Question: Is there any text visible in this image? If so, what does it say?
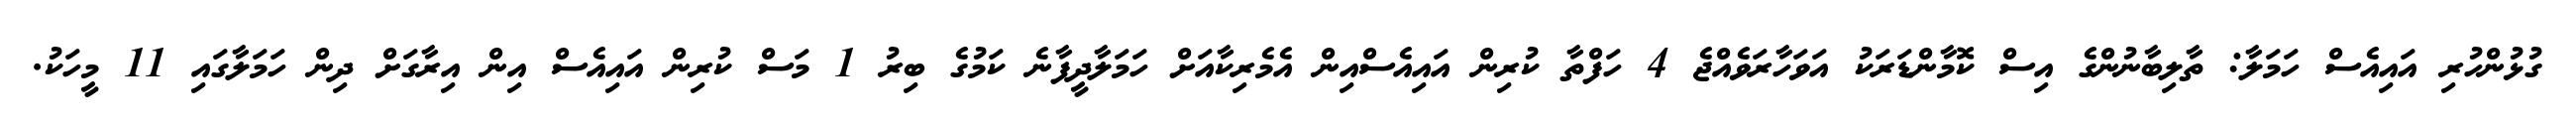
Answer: ގުޅުންހުރި އައިއެސް ހަމަލާ: ތާލިބާނުންގެ އިސް ކޮމާންޑަރަކު އަވަހާރަވެއްޖެ 4 ހަފްތާ ކުރިން އައިއެސްއިން އެމެރިކާއަށް ހަމަލާދީފާނެ ކަމުގެ ބިރު 1 މަސް ކުރިން އައިއެސް އިން އިރާގަށް ދިން ހަމަލާގައި 11 މީހަކު.